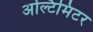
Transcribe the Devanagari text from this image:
अल्टिमिटर